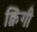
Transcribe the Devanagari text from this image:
क्विंगी